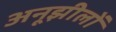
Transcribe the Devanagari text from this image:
अनूझीलों